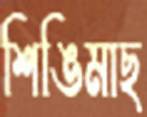
শিঙিমাছ